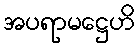
အပရာမဋ္ဌေဟိ